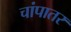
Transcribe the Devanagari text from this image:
चांपातर